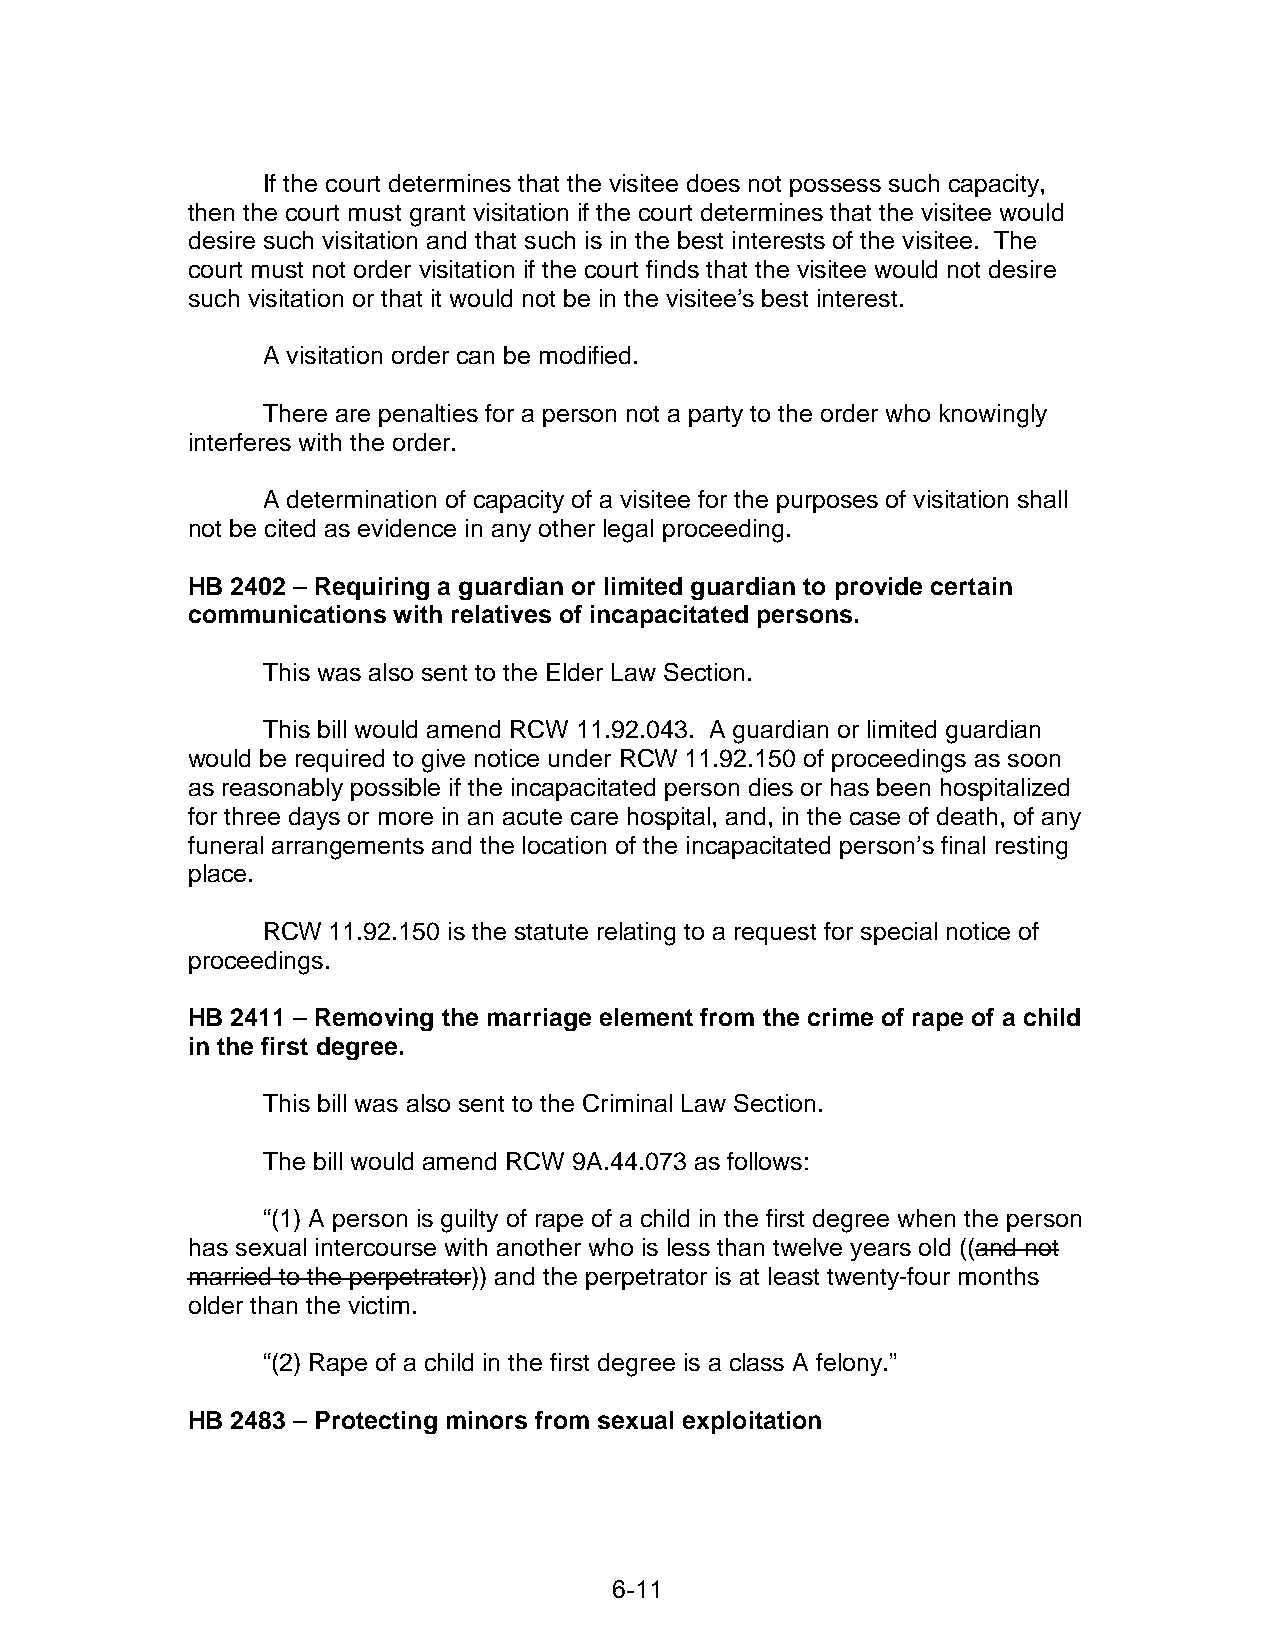
If the court determines that the visitee does not possess such capacity,
 then the court must grant visitation if the court determines that the visitee would
 desire such visitation and that such is in the best interests of the visitee. The
 court must not order visitation if the court finds that the visitee would not desire
 such visitation or that it would not be in the visitee’s best interest.
 A visitation order can be modified.
 There are penalties for a person not a party to the order who knowingly
 interferes with the order.
 A determination of capacity of a visitee for the purposes of visitation shall
 not be cited as evidence in any other legal proceeding.
 HB 2402 – Requiring a guardian or limited guardian to provide certain
 communications with relatives of incapacitated persons.
 This was also sent to the Elder Law Section.
 This bill would amend RCW 11.92.043. A guardian or limited guardian
 would be required to give notice under RCW 11.92.150 of proceedings as soon
 as reasonably possible if the incapacitated person dies or has been hospitalized
 for three days or more in an acute care hospital, and, in the case of death, of any
 funeral arrangements and the location of the incapacitated person’s final resting
 place.
 RCW  11.92.150 is the statute relating to a request for special notice of
 proceedings.
 HB 2411 – Removing the marriage element from the crime of rape of a child
 in the first degree.
 This bill was also sent to the Criminal Law Section.
 The bill would amend RCW 9A.44.073 as follows:
 “(1) A person is guilty of rape of a child in the first degree when the person
 has sexual intercourse with another who is less than twelve years old ((and not
 married to the perpetrator)) and the perpetrator is at least twenty-four months
 older than the victim.
 “(2) Rape of a child in the first degree is a class A felony.”
 HB 2483 – Protecting minors from sexual exploitation
 6-11